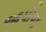
આપીજ